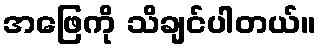
အဖြေကို သိချင်ပါတယ်။